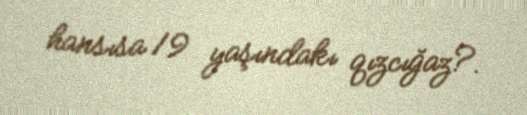
hansısa 19 yaşındakı qızcığaz?.